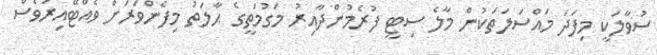
ސުވާލަކީ މިފަދަ މައްސަލަތަކުން މާލެ ސިޓީ ފުރެމުންދާއިރު މަގުމަތީގެ ޙާލަތު މިފެންވަރަށް ވެއްޓޭއިރުވެސް